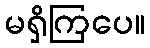
မရှိကြပေ။